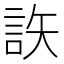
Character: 䛈